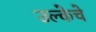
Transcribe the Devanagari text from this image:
उल्केचे